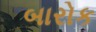
બારોક